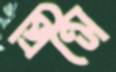
প্রিন্সে